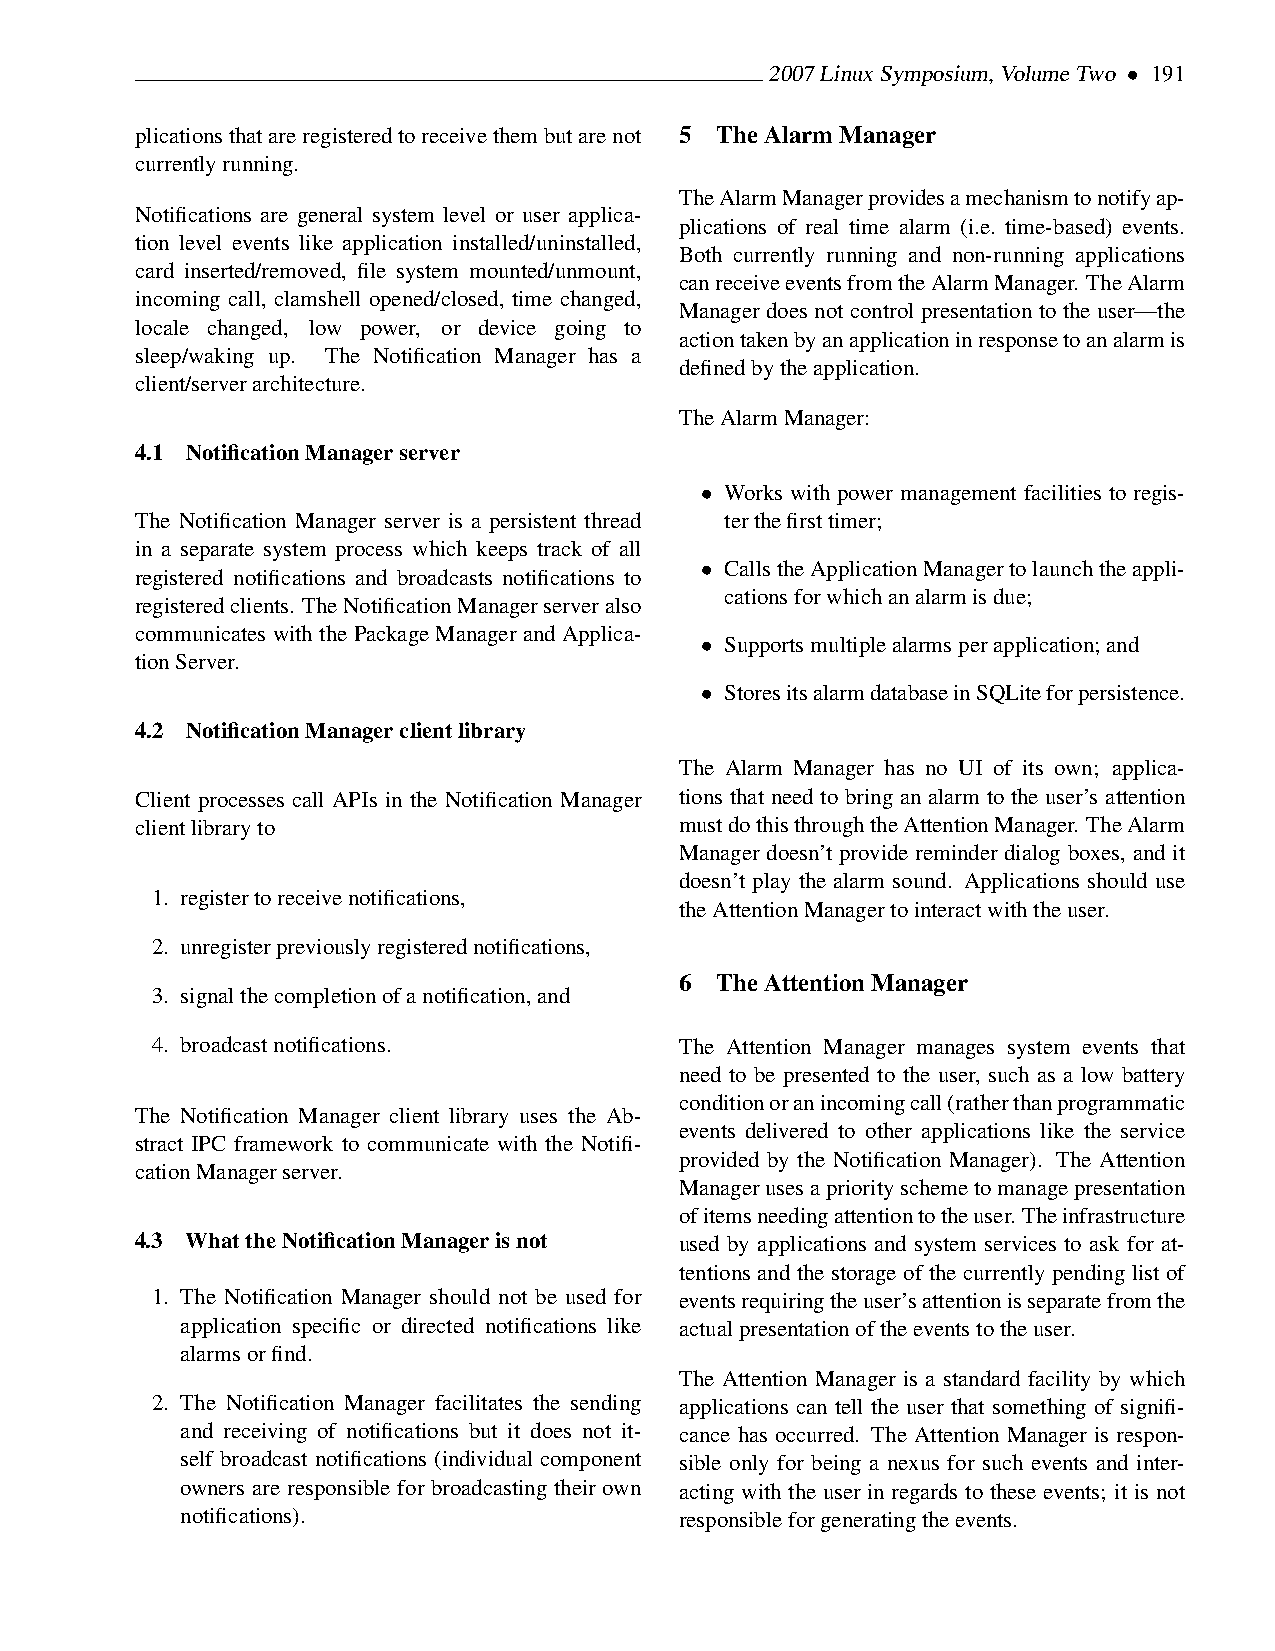
2007LinuxSymposium,VolumeTwo • 191
 plicationsthatareregisteredtoreceivethembutarenot 5 TheAlarmManager
 currentlyrunning.
 TheAlarmManagerprovidesamechanismtonotifyap-
 Notifications are general system level or user applica-
 plications of real time alarm (i.e. time-based) events.
 tion level events like application installed/uninstalled,
 Both currently running and non-running applications
 card inserted/removed, file system mounted/unmount,
 canreceiveeventsfromtheAlarmManager. TheAlarm
 incoming call, clamshell opened/closed, time changed,
 Manager does not control presentation to the user—the
 locale changed, low power, or device going to
 actiontakenbyanapplicationinresponsetoanalarmis
 sleep/waking up. The Notification Manager has a
 definedbytheapplication.
 client/serverarchitecture.
 TheAlarmManager:
 4.1 NotificationManagerserver
 • Works with power management facilities to regis-
 The Notification Manager server is a persistent thread terthefirsttimer;
 in a separate system process which keeps track of all
 • CallstheApplicationManagertolaunchtheappli-
 registered notifications and broadcasts notifications to
 cationsforwhichanalarmisdue;
 registeredclients. TheNotificationManagerserveralso
 communicates with the Package Manager and Applica-
 • Supportsmultiplealarmsperapplication;and
 tionServer.
 • StoresitsalarmdatabaseinSQLiteforpersistence.
 4.2 NotificationManagerclientlibrary
 The Alarm Manager has no UI of its own; applica-
 Client processes call APIs in the Notification Manager tions that need to bring an alarm to the user’s attention
 clientlibraryto                     mustdothisthroughtheAttentionManager. TheAlarm
 Manager doesn’t provide reminder dialog boxes, and it
 doesn’t play the alarm sound. Applications should use
 1. registertoreceivenotifications,
 theAttentionManagertointeractwiththeuser.
 2. unregisterpreviouslyregisterednotifications,
 6 TheAttentionManager
 3. signalthecompletionofanotification,and
 4. broadcastnotifications.         The Attention Manager manages system events that
 need to be presented to the user, such as a low battery
 conditionoranincomingcall(ratherthanprogrammatic
 The Notification Manager client library uses the Ab-
 events delivered to other applications like the service
 stract IPC framework to communicate with the Notifi-
 provided by the Notification Manager). The Attention
 cationManagerserver.
 Managerusesapriorityschemetomanagepresentation
 ofitemsneedingattentiontotheuser. Theinfrastructure
 4.3 WhattheNotificationManagerisnot used by applications and system services to ask for at-
 tentions and the storage of the currently pending list of
 1. The Notification Manager should not be used for eventsrequiringtheuser’sattentionisseparatefromthe
 application specific or directed notifications like actualpresentationoftheeventstotheuser.
 alarmsorfind.
 The Attention Manager is a standard facility by which
 2. The Notification Manager facilitates the sending applications can tell the user that something of signifi-
 and receiving of notifications but it does not it- cance has occurred. The Attention Manager is respon-
 self broadcast notifications (individual component sible only for being a nexus for such events and inter-
 owners are responsible for broadcasting their own acting with the user in regards to these events; it is not
 notifications).                  responsibleforgeneratingtheevents.